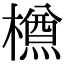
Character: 𣜃